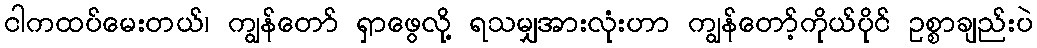
ငါကထပ်မေးတယ်၊ ကျွန်တော် ရှာဖွေလို့ ရသမျှအားလုံးဟာ ကျွန်တော့်ကိုယ်ပိုင် ဥစ္စာချည်းပဲ